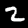
Label: 2